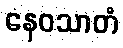
နေဝသာတံ